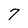
Character: 7